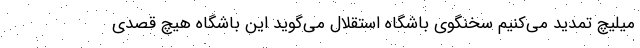
میلیچ تمدید می‌کنیم سخنگوی باشگاه استقلال می‌گوید این باشگاه هیچ قصدی